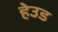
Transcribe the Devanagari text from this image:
हेउड